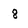
Character: 8